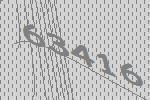
63416